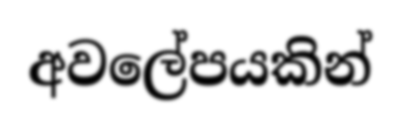
අවලේපයකින්